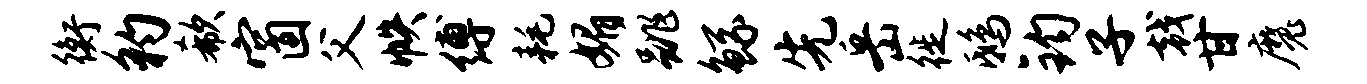
衡豹欷窗父帙缚耗媚跳鲧先岳徙鸱钧子戟甘魔